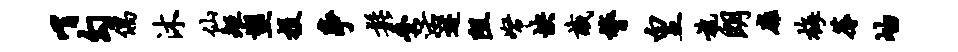
喟勾偶沐仙矩塑投争松叠活迹阻帑怏识膂皇旄朗扉梅蓐岫